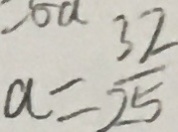
a = \frac { 3 2 } { 2 5 }